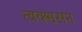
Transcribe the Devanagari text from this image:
त्वक्श्वसन